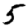
Digit: 5